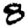
Digit: 8